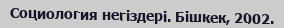
Социология негіздері. Бішкек, 2002.